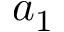
a _ { 1 }